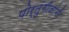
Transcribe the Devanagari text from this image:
पोर्तुंगीजांनी